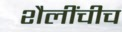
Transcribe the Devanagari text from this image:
शैलींचीच